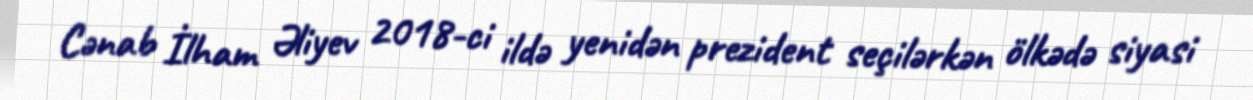
Cənab İlham Əliyev 2018-ci ildə yenidən prezident seçilərkən ölkədə siyasi